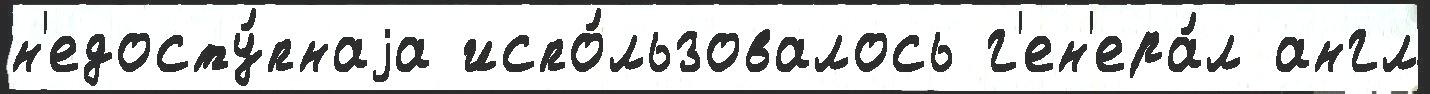
н'едосту́пнаjа испо́льзовалось г'ен'ера́л англ